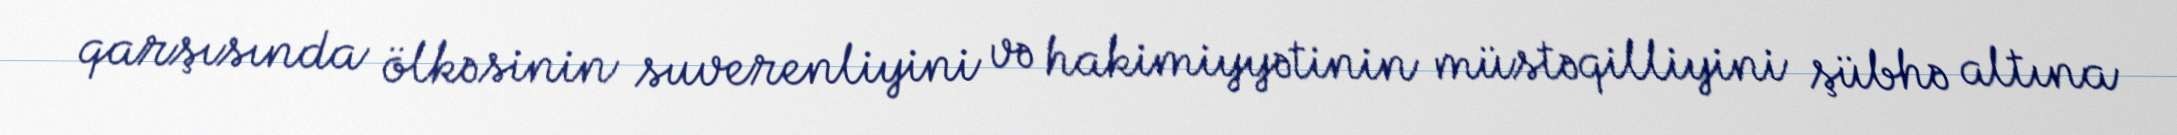
qarşısında ölkəsinin suverenliyini və hakimiyyətinin müstəqilliyini şübhə altına